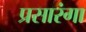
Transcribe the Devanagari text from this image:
प्रसारंगा